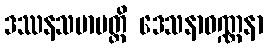
ဒဿနသမာပတ္တိ ဒေသနာဝဏ္ဏနာ